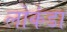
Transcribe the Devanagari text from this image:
लोकंडा